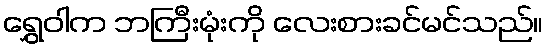
ရွှေဝါက ဘကြီးမုံးကို လေးစားခင်မင်သည်။